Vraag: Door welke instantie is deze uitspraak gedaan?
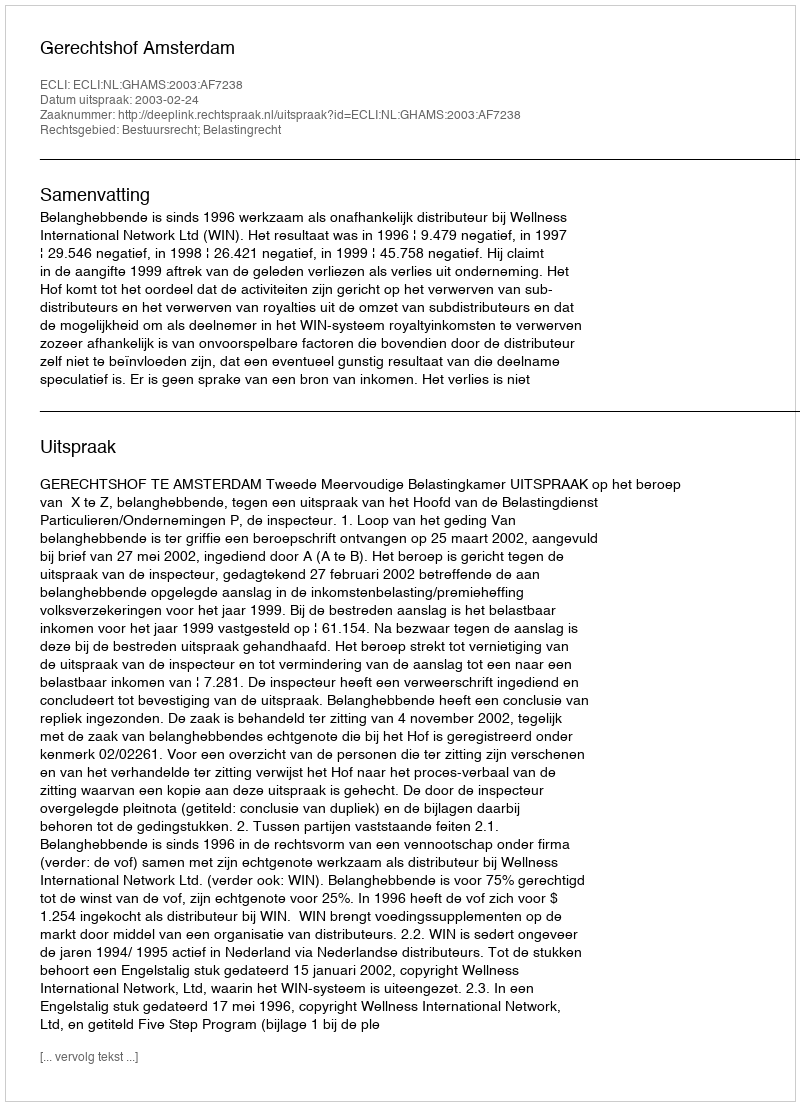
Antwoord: Gerechtshof Amsterdam